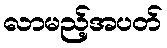
လာမည့်အပတ်